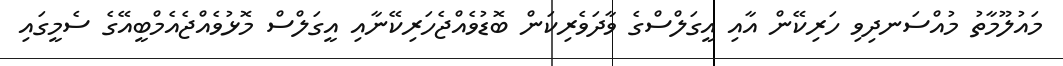
މައުލޫމާތު މުއްސަނދިވި ހަރިކޭން އާއި އީގަލްސްގެ ވާދަވެރިކަން ބޮޑުވެއްޖެހަރިކޭނާއި އީގަލްސް މޮޅުވެއްޖެއެމްބީއޭގެ ސެމީގައި